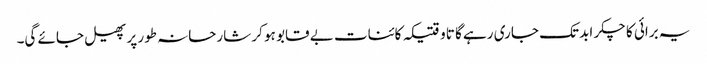
یہ برائی کا چکر ابد تک جاری رہے گا تاوقتیکہ کائنات بے قابو ہو کر شارحانہ طور پر پھیل جائے گی۔